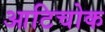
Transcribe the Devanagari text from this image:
आटिचोक